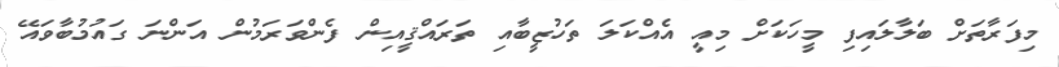
މިފަރާތަށް ބަލާލައިފި މީހަކަށް މިއީ އެއްކަލަ ތަހުޒީބާއި ތަރައްޤީއިން ފެންވަރަމުން އަންނަ ގައުމުބާވައޭ